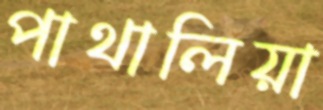
পাথালিয়া